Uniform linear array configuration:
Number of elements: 48
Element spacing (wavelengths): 0.25
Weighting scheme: hann
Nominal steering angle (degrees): -45
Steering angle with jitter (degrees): -46.391
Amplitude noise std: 0.05
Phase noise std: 0.05

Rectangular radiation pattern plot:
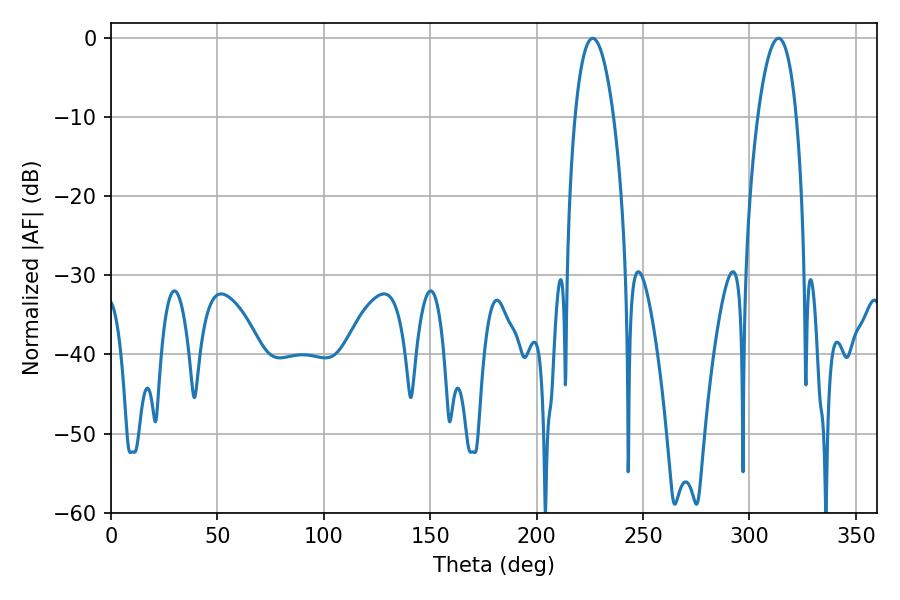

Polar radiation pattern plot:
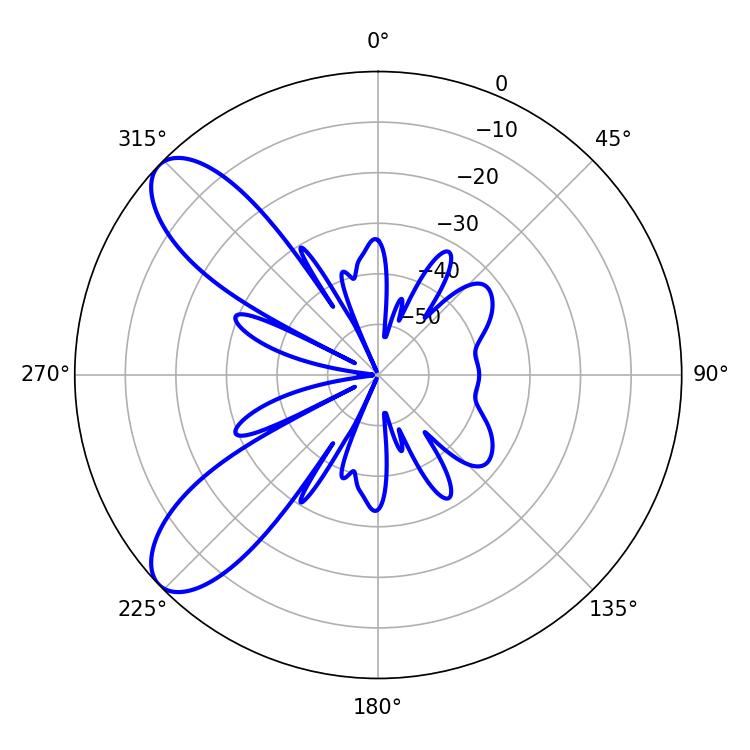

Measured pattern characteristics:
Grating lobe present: FALSE
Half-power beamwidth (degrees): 10.08
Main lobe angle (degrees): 226.26